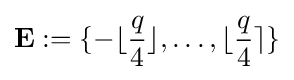
\mathbf {E} :=\{-\lfloor {\frac {q}{4}}\rfloor ,\ldots ,\lfloor {\frac {q}{4}}\rceil \}